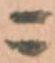
ニ